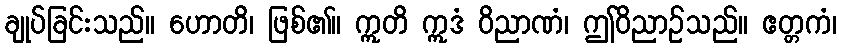
ချုပ်ခြင်းသည်။ ဟောတိ၊ ဖြစ်၏။ ဣတိ ဣဒံ ဝိညာဏံ၊ ဤဝိညာဉ်သည်။ ဧတ္တကံ၊